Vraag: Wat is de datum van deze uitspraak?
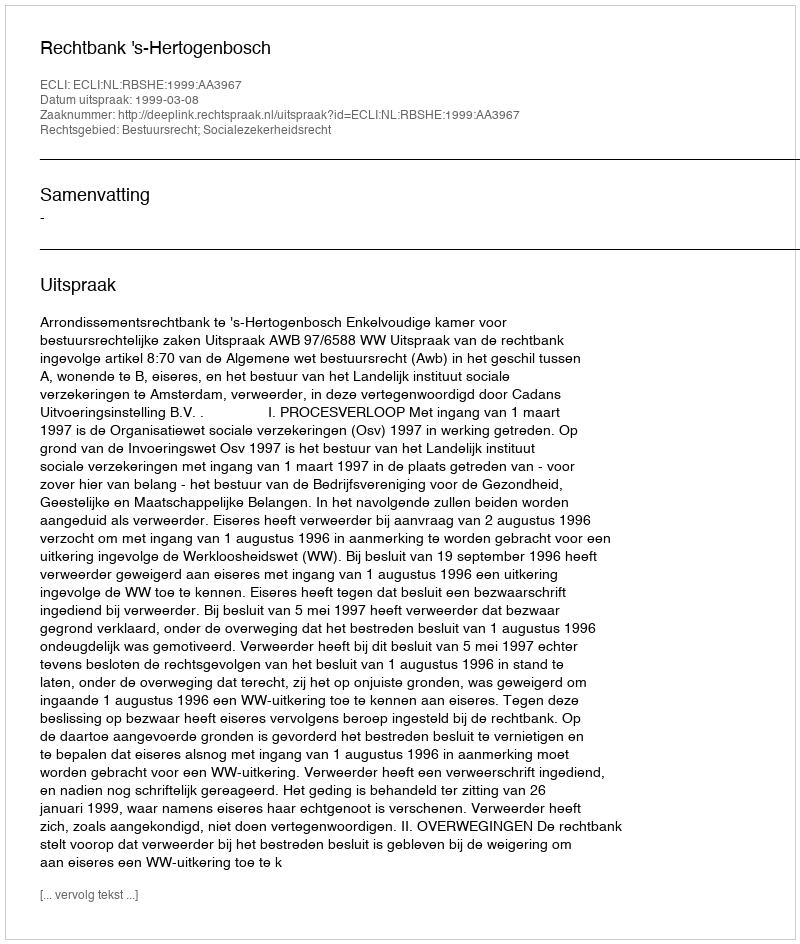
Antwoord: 1999-03-08